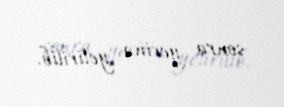
sonra yerinə yetirilib.